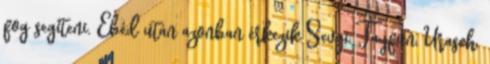
fog segíteni. Ebéd után azonban érkezik Sevgi, Tayfun, Urasch,